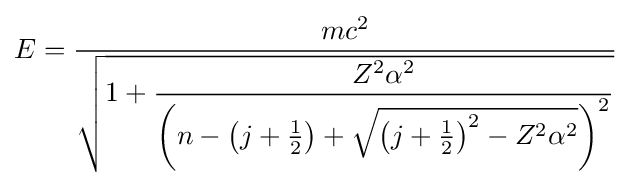
E={\frac {mc^{2}}{\sqrt {1+{\dfrac {Z^{2}\alpha ^{2}}{{\bigg (}{n-\left(j+{\frac {1}{2}}\right)+{\sqrt {\left(j+{\frac {1}{2}}\right)^{2}-Z^{2}\alpha ^{2}}}{\bigg )}}^{2}}}}}}